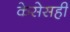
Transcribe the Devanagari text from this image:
केसेसही